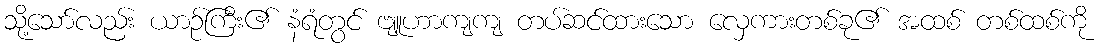
သို့သော်လည်း ယာဉ်ကြီး၏ နံရံတွင် ဗျူဟာကျကျ တပ်ဆင်ထားသော လှေကားတစ်ခု၏ အထစ် တစ်ထစ်ကို